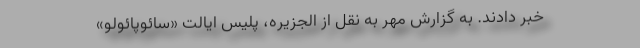
خبر دادند. به گزارش مهر به نقل از الجزیره، پلیس ایالت «سائوپائولو»